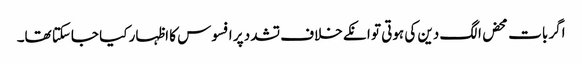
اگر بات محض الگ دین کی ہوتی تو انکے خلاف تشدد پر افسوس کا اظہار کیا جاسکتا تھا۔